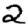
Digit: 2